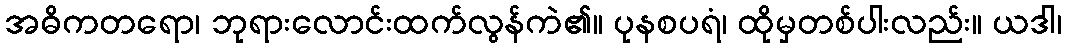
အဓိကတရော၊ ဘုရားလောင်းထက်လွန်ကဲ၏။ ပုနစပရံ၊ ထိုမှတစ်ပါးလည်း။ ယဒါ၊